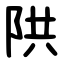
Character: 䧆